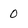
Character: 0